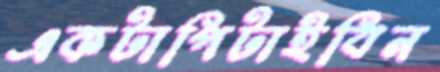
একটাপিটাইবিন